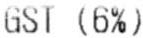
GST (6%)